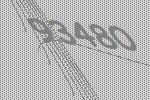
93480